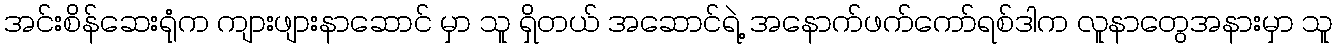
အင်းစိန်ဆေးရုံက ကျားဖျားနာဆောင် မှာ သူ ရှိတယ် အဆောင်ရဲ့ အနောက်ဖက်ကော်ရစ်ဒါက လူနာတွေအနားမှာ သူ